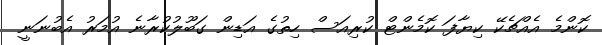
ކޮންމެ އެއްޗެކޭ ކިޔާފަ ކޮމެންޓް ކުރިއަސް ހިތުގެ އަޑިން ގަބޫލުކުރާނެ އުމަރު އެބުނަނީ